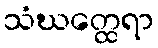
သံဃတ္ထေရာ